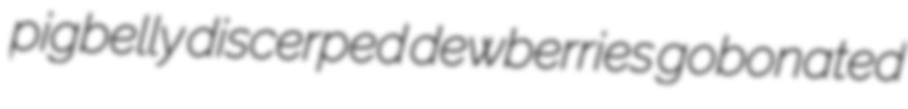
pigbelly discerped dewberries gobonated